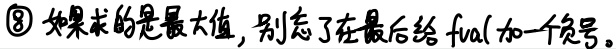
\textcircled{8} 如果求的是最大值，别忘了在最后给$fval$加一个负号。